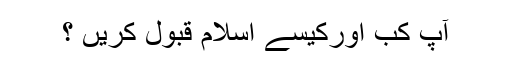
آپ کب اورکیسے اسلام قبول کریں ؟